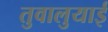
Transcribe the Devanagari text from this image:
तुवालुयाई